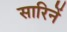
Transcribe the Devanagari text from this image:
सारिनें